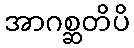
အာဂစ္ဆတိပိ